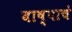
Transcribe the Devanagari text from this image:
बाष्पाचं